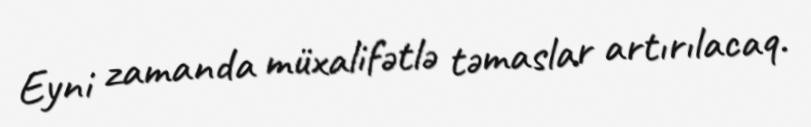
Eyni zamanda müxalifətlə təmaslar artırılacaq.